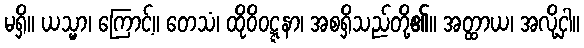
မရှိ။ ယသ္မာ၊ ကြောင့်။ တေသံ၊ ထိုဝိဝဋ္ဋနာ၊ အစရှိသည်တို့၏။ အတ္ထာယ၊ အလို့ငှါ။